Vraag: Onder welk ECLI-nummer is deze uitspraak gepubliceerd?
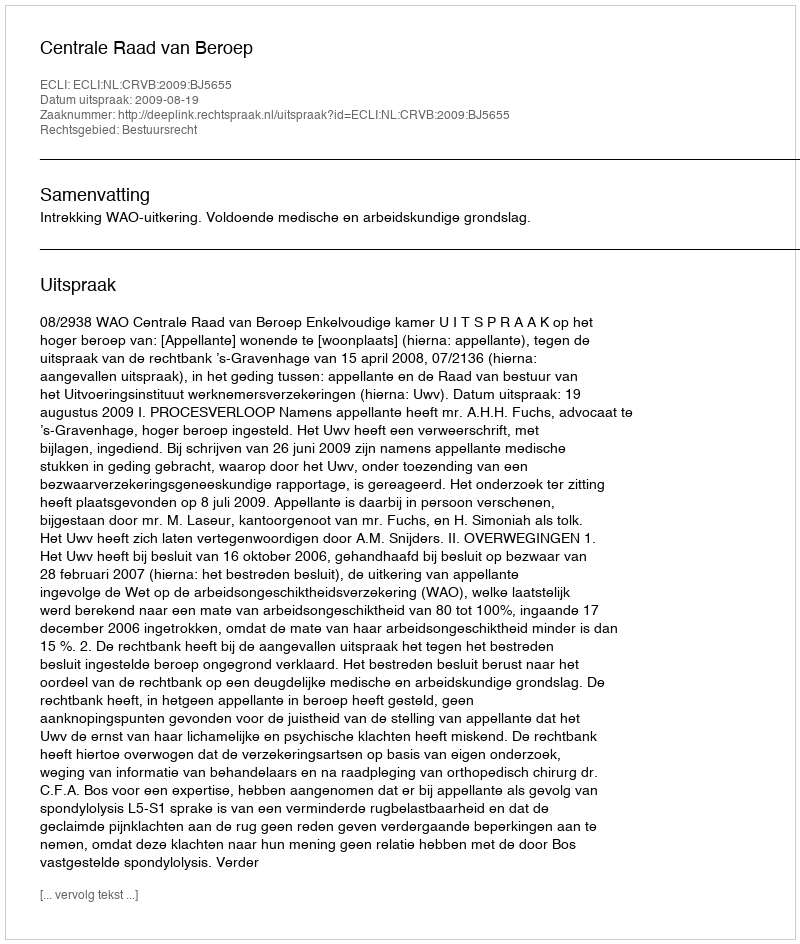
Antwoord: ECLI:NL:CRVB:2009:BJ5655